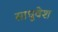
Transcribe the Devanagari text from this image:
साधुवेश